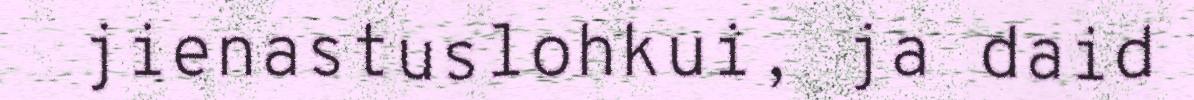
jienastuslohkui, ja daid